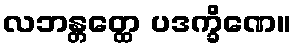
လဘန္တတ္ထေ ပဒက္ခိဏေ။